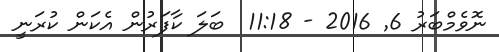
ނޮވެމްބަރު 6